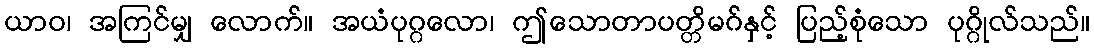
ယာဝ၊ အကြင်မျှ လောက်။ အယံပုဂ္ဂလော၊ ဤသောတာပတ္တိမဂ်နှင့် ပြည့်စုံသော ပုဂ္ဂိုလ်သည်။